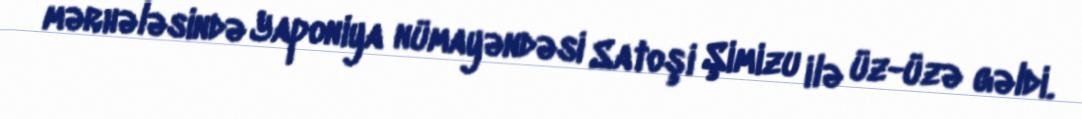
mərhələsində Yaponiya nümayəndəsi Satoşi Şimizu ilə üz-üzə gəldi.